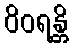
ဝိဝရန္တိ